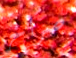
صراخ